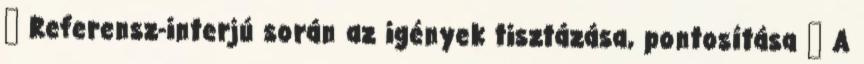
 Referensz-interjú során az igények tisztázása, pontosítása  A